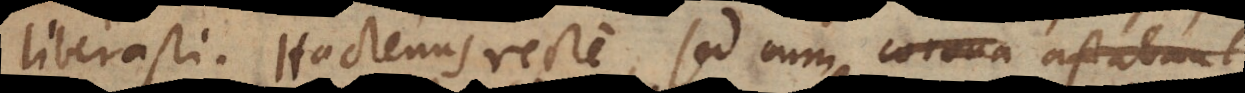
liberasti. Hactenus recte, sed cum astan